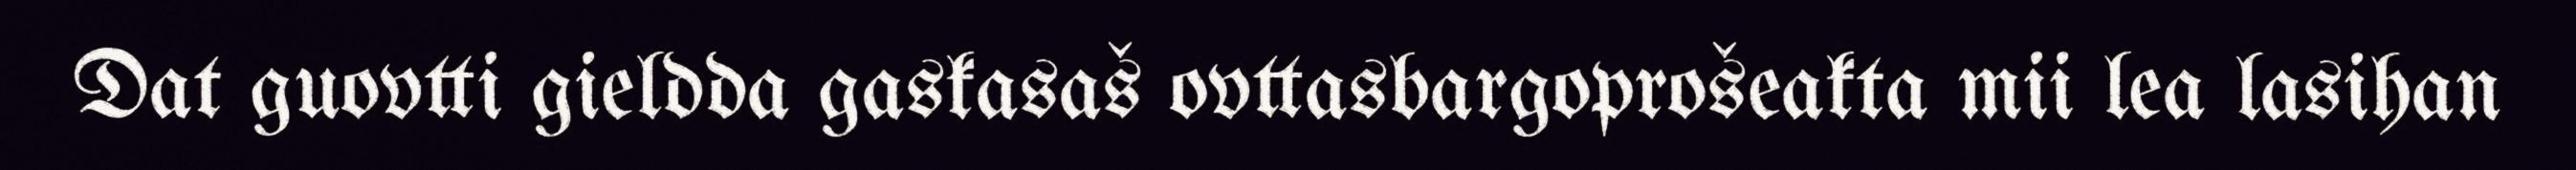
Dat guovtti gieldda gaskasaš ovttasbargoprošeakta mii lea lasihan